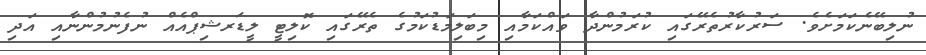
ނުލިބޭނެކަމަށެވެ. ސަރުކާރުތެރޭގައި ކުރަމުންދާ ވައްކަމާއި މިބަލިމަޑުކަމުގެ ތެރޭގައި ކޮލިޓީ ލީޑަރޝިޕްއެއް ނުފެނުމުންނާއި އަދި